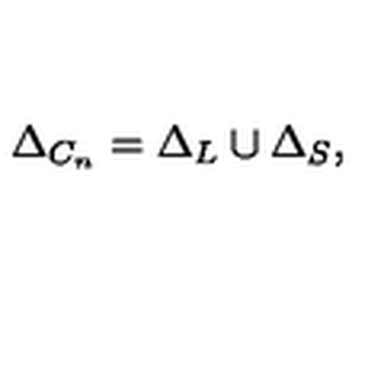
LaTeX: \Delta _ { C _ { n } } = \Delta _ { L } \cup \Delta _ { S } ,